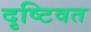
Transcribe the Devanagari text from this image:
दृष्टिवत